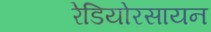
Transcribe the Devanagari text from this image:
रेडियोरसायन